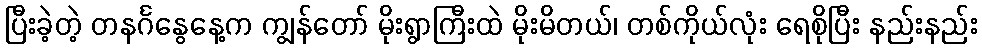
ပြီးခဲ့တဲ့ တနင်္ဂနွေနေ့က ကျွန်တော် မိုးရွာကြီးထဲ မိုးမိတယ်၊ တစ်ကိုယ်လုံး ရေစိုပြီး နည်းနည်း